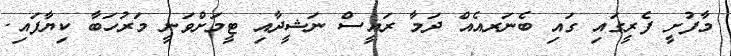
މާފުށީ ފެރީގައި ގައި ބެނަރއެއް ދަމާ ރައީސް ނަަޝީދާއި ޓީމަށްވަނީ މަރުހަބާ ކިޔާފައި.